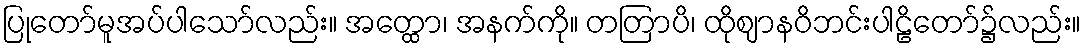
ပြုတော်မူအပ်ပါသော်လည်း။ အတ္ထော၊ အနက်ကို။ တတြာပိ၊ ထိုဈာနဝိဘင်းပါဠိတော်၌လည်း။